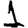
Digit: 1